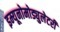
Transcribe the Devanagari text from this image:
इम्यूनोमोड्युलेटरी